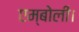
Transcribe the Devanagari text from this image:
एम्बोली।